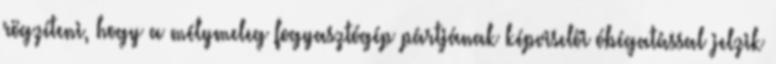
rögzíteni, hogy a mélymeleg fogyasztógép pártjának képviselői óbégatással jelzik